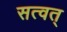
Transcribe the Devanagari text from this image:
सत्वत्